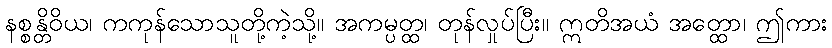
နစ္စန္တိဝိယ၊ ကကုန်သောသူတို့ကဲ့သို့။ အကမ္ပတ္ထ၊ တုန်လှုပ်ပြီး။ ဣတိအယံ အတ္ထော၊ ဤကား